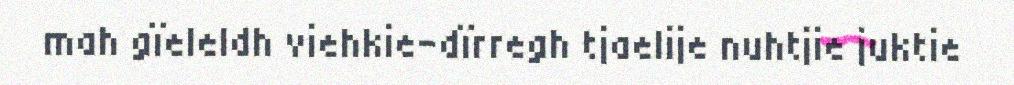
mah gïeleldh viehkie-dïrregh tjaelije nuhtjie juktie